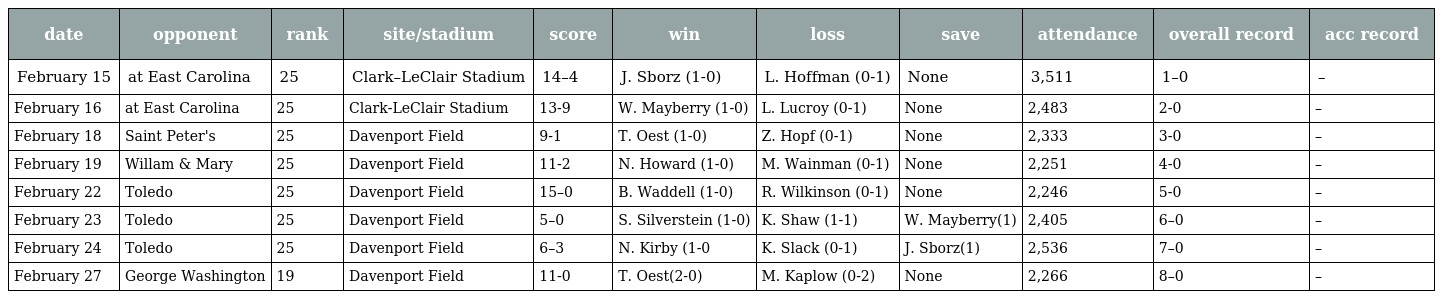
| date | opponent | rank | site/stadium | score | win | loss | save | attendance | overall record | acc record |
 | --- | --- | --- | --- | --- | --- | --- | --- | --- | --- | --- |
 | February 15 | at East Carolina | 25 | Clark–LeClair Stadium | 14–4 | J. Sborz (1-0) | L. Hoffman (0-1) | None | 3,511 | 1–0 | – |
 | February 16 | at East Carolina | 25 | Clark-LeClair Stadium | 13-9 | W. Mayberry (1-0) | L. Lucroy (0-1) | None | 2,483 | 2-0 | – |
 | February 18 | Saint Peter's | 25 | Davenport Field | 9-1 | T. Oest (1-0) | Z. Hopf (0-1) | None | 2,333 | 3-0 | – |
 | February 19 | Willam & Mary | 25 | Davenport Field | 11-2 | N. Howard (1-0) | M. Wainman (0-1) | None | 2,251 | 4-0 | – |
 | February 22 | Toledo | 25 | Davenport Field | 15–0 | B. Waddell (1-0) | R. Wilkinson (0-1) | None | 2,246 | 5-0 | – |
 | February 23 | Toledo | 25 | Davenport Field | 5–0 | S. Silverstein (1-0) | K. Shaw (1-1) | W. Mayberry(1) | 2,405 | 6–0 | – |
 | February 24 | Toledo | 25 | Davenport Field | 6–3 | N. Kirby (1-0 | K. Slack (0-1) | J. Sborz(1) | 2,536 | 7–0 | – |
 | February 27 | George Washington | 19 | Davenport Field | 11-0 | T. Oest(2-0) | M. Kaplow (0-2) | None | 2,266 | 8–0 | – |